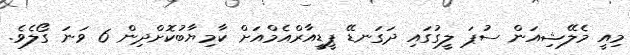
މިއީ މެލޭޝިއަން ސުޕަ ލީގުގައި ދަގަނޑޭ ޕީޑީއާރްއެމްއަށް ކާމިޔާބުކޮށްދިން 6 ވަނަ ގޯލެވެ.